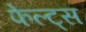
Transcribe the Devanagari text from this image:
फेल्ट्स